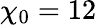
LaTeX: \chi_{0}=12